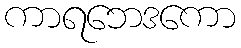
ကာရဘေဒကော